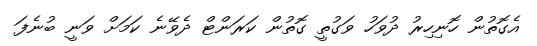
އެގޮތުން ހޮނިހިރު ދުވަހު ވަގުތީ ގޮތުން ކަރަންޓް ދެވޭނެ ކަމަށް ވަނީ ބުނެފަ